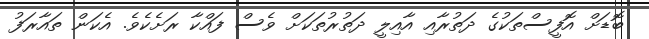
ބޮޑަށް އޮފީސްތަކުގެ ދަތުރާއި އާއިލީ ދަތުރުތަކަށް ވެސް ފައްކާ ރަށެކެވެ. އެކަން ތައާރަފު